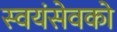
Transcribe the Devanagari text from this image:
स्‍वयंसेवको